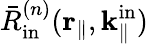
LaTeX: \bar{R}_{\mathrm{in}}^{(n)}(\mathbf{r}_{\parallel},\mathbf{k}_{\parallel}^{\mathrm{in}})